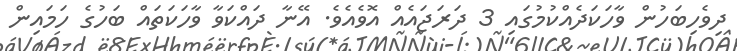
ދިވެހިބަހުން ވާހަކަދެއްކުމުގައި 3 ދަރަޖައެއް އޮވެއެވެ. އޭނާ ދައްކަވާ ވާހަކަތައް ބަހުގެ ހަމައިން